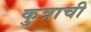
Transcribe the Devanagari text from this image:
कुत्राची